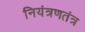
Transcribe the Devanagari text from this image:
नियंत्रणतंत्र